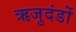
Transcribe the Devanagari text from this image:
ऋजुदंडों